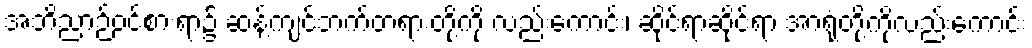
အဘိညာဉ်ဝင်စားရာ၌ ဆန့်ကျင်ဘက်တရားတို့ကို လည်းကောင်း၊ ဆိုင်ရာဆိုင်ရာ အာရုံတို့ကိုလည်းကောင်း